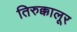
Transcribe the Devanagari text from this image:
तिरुक्कालूर